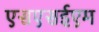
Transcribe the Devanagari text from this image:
एसएसईएम